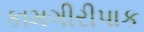
કામગીરીપાક